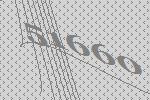
51660